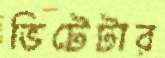
ভিটেটার